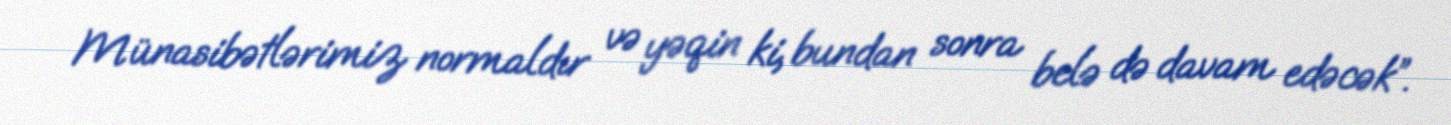
Münasibətlərimiz normaldır və yəqin ki, bundan sonra belə də davam edəcək”.